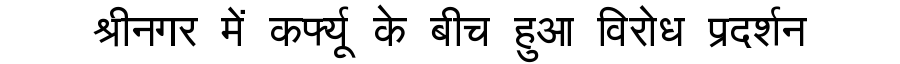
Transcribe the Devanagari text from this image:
श्रीनगर में कर्फ्यू के बीच हुआ विरोध प्रदर्शन